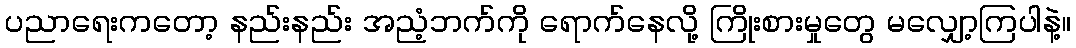
ပညာရေးကတော့ နည်းနည်း အညံ့ဘက်ကို ရောက်နေလို့ ကြိုးစားမှုတွေ မလျှော့ကြပါနဲ့။